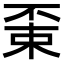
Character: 𠁃